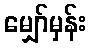
မျှော်မှန်း